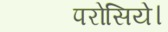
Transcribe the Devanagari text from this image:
परोसिये।